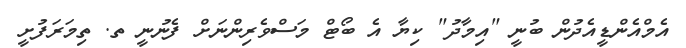
އެމްއެންޑީއެދުން ބުނީ "އިމާދު" ކިޔާ އެ ބޯޓް މަސްވެރިންނަށް ފެނުނީ ތ. ތިމަރަފުށީ